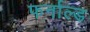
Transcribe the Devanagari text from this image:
फर्नाल्ड